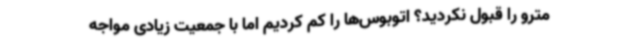
مترو را قبول نکردید؟ اتوبوس‌ها را کم کردیم اما با جمعیت زیادی مواجه